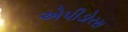
એપીડોરસ